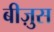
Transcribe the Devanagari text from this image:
बीज़ुस